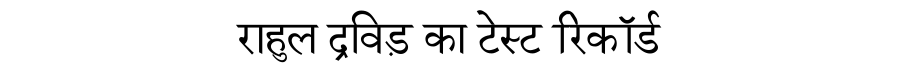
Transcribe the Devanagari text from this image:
राहुल द्रविड़ का टेस्ट रिकॉर्ड